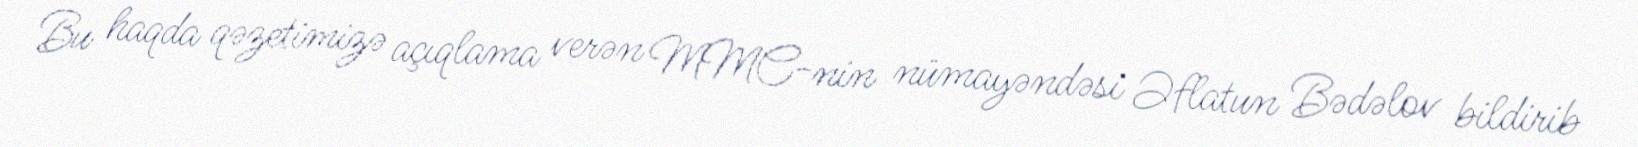
Bu haqda qəzetimizə açıqlama verən MMC-nin nümayəndəsi Əflatun Bədəlov bildirib